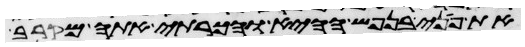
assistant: את פני בנפש ההיא והכרתי אתה מקרב